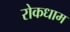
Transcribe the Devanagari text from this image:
रोकधाम